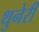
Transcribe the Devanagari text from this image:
थुनेरी